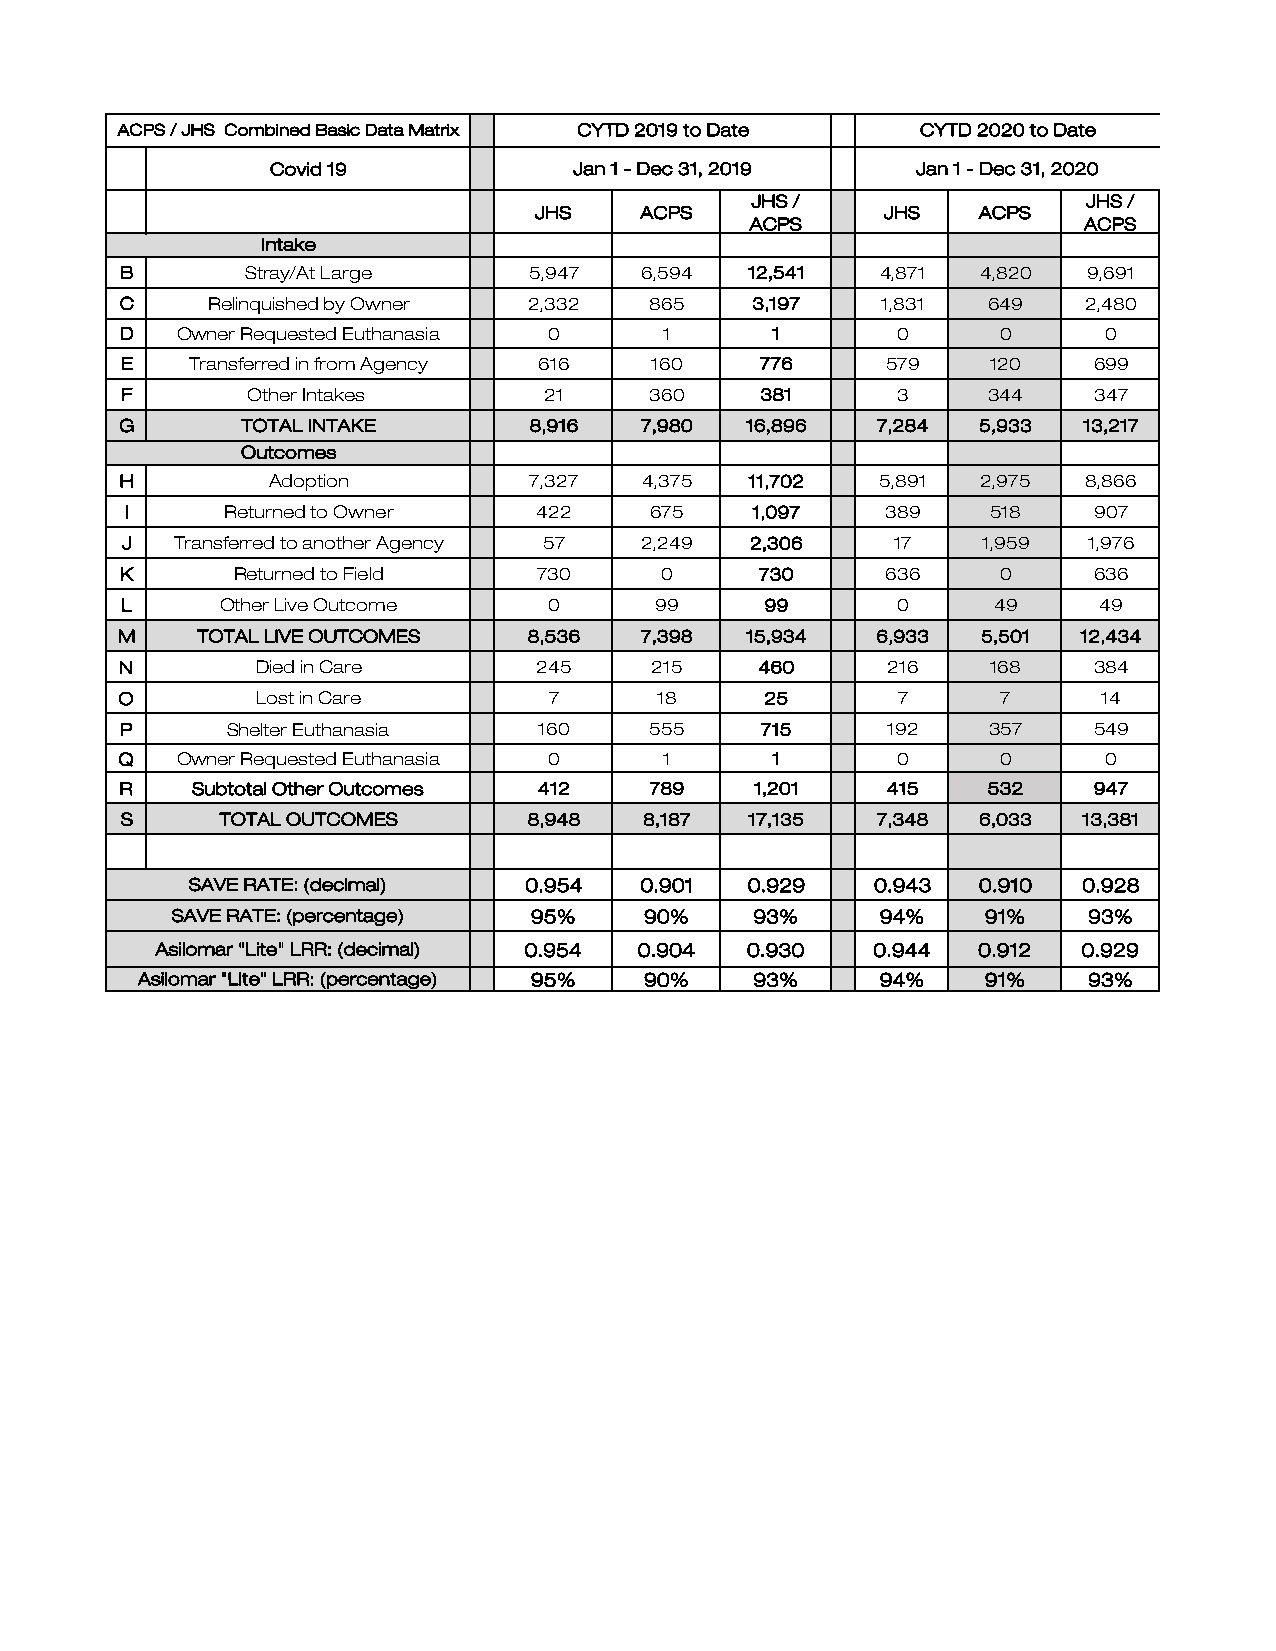
ACPS / JHS Combined Basic Data Matrix CYTD 2019 to Date CYTD 2020 to Date
 Covid 19            Jan 1 - Dec 31, 2019  Jan 1 - Dec 31, 2020
 JHS /                 JHS /
 JHS    ACPS            JHS   ACPS
 ACPS                  ACPS
 Intake
 B       Stray/At Large     5,947  6,594  12,541   4,871 4,820   9,691
 C    Relinquished by Owner 2,332   865   3,197    1,831  649   2,480
 D  Owner Requested Euthanasia 0     1      1       0      0      0
 E   Transferred in from Agency 616 160    776     579    120    699
 F       Other Intakes       21     360    381      3     344    347
 G       TOTAL INTAKE       8,916  7,980  16,896   7,284 5,933  13,217
 Outcomes
 H        Adoption          7,327  4,375  11,702   5,891  2,975 8,866
 I     Returned to Owner    422     675   1,097    389    518    907
 J  Transferred to another Agency 57 2,249 2,306    17    1,959  1,976
 K      Returned to Field   730     0      730     636     0     636
 L     Other Live Outcome    0      99     99       0     49     49
 M     TOTAL LIVE OUTCOMES   8,536  7,398  15,934   6,933  5,501 12,434
 N        Died in Care      245     215    460     216    168    384
 O         Lost in Care       7      18     25       7      7      14
 P      Shelter Euthanasia  160     555    715     192    357    549
 Q   Owner Requested Euthanasia 0     1      1       0      0      0
 R   Subtotal Other Outcomes 412    789    1,201   415    532    947
 S     TOTAL OUTCOMES       8,948  8,187  17,135   7,348 6,033  13,381
 SAVE RATE: (decimal)  0.954   0.901  0.929   0.943  0.910  0.928
 SAVE RATE: (percentage) 95%    90%    93%      94%    91%    93%
 Asilomar "Lite" LRR: (decimal) 0.954 0.904 0.930 0.944 0.912 0.929
 Asilomar "Lite" LRR: (percentage) 95% 90% 93%    94%    91%    93%